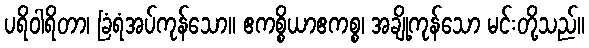
ပရိဝါရိတာ၊ ခြံရံအပ်ကုန်သော။ ဧကစ္စိယာဧကစ္စ၊ အချို့ကုန်သော မင်းတို့သည်။